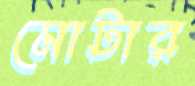
মোটার